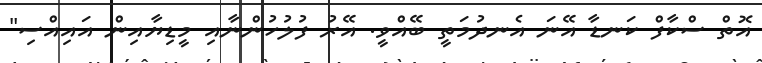
އޮތް ސްކާފް ކަނޑާ އޭނަ އެނދުމަތީ ބޭއްވީ. އޭރު ފުލުހުންނާއި މީޑިޔާއިން އައިއްސި"